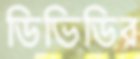
ডিভিডির